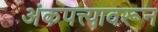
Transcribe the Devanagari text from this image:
अंकपत्त्यावरून